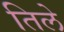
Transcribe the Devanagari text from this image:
तिले